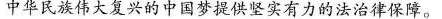
中华民族伟大复兴的中国梦提供坚实有力的法治律保障。